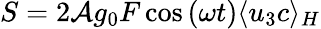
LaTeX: S=2\mathcal{A}g_{0}F\cos{(\omega t)}\langle u_{3}c\rangle_{H}